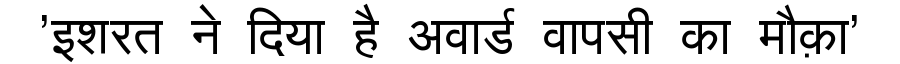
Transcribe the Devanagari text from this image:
'इशरत ने दिया है अवार्ड वापसी का मौक़ा'